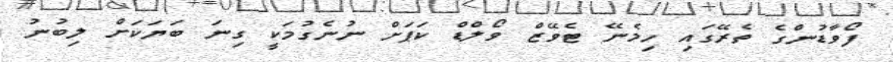
ފޯވާޑުންގެ ތެރޭގައި ހިމެނޭ ޓެވޭޒް ވޯލްޑް ކަޕަށް ނުނެގުމަކީ ގިނަ ބަޔަކަށް ލިބުނު